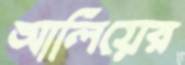
আলিয়ের